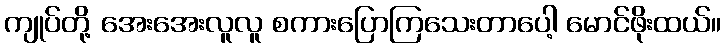
ကျုပ်တို့ အေးအေးလူလူ စကားပြောကြသေးတာပေါ့ မောင်ဖိုးထယ်။